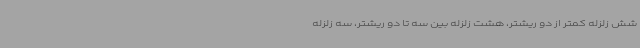
شش زلزله کمتر از دو ریشتر، هشت زلزله بین سه تا دو ریشتر، سه زلزله